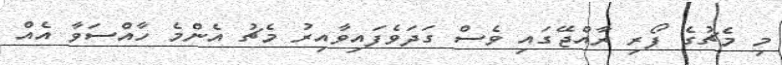
މި މެޗުގެ ފޯރި ރާއްޖޭގައި ވެސް ގަދަވެފައިވާއިރު މެޗު އެންމެ ހާއްސަވާ އެއް